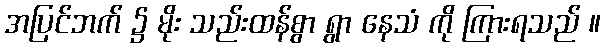
အပြင်ဘက် ၌ မိုး သည်းထန်စွာ ရွာ နေသံ ကို ကြားရသည် ။